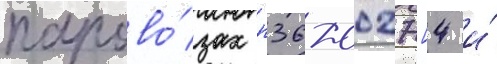
парово́зах п36-0027 [4 и́